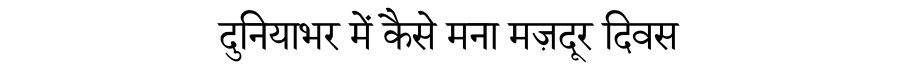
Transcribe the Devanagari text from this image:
दुनियाभर में कैसे मना मज़दूर दिवस